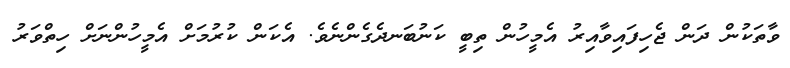
ވާތަކުން ދަން ޖެހިފައިވާއިރު އެމީހުން ތިބީ ކަނުބަނދެގެންނެވެ. އެކަން ކުރުމަށް އެމީހުންނަށް ހިތްވަރު